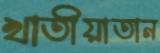
খাতীয়াতান